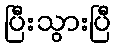
ပြီးသွားပြီ